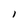
Character: I